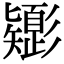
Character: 𢒸